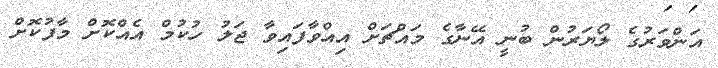
އަންވަރުގެ ލޯޔަރުން ބުނީ އޭނާގެ މައްޗަށް އިއްވާފައިވާ ޖަލު ހުކުމް އެއްކޮށް މާފުކޮށް